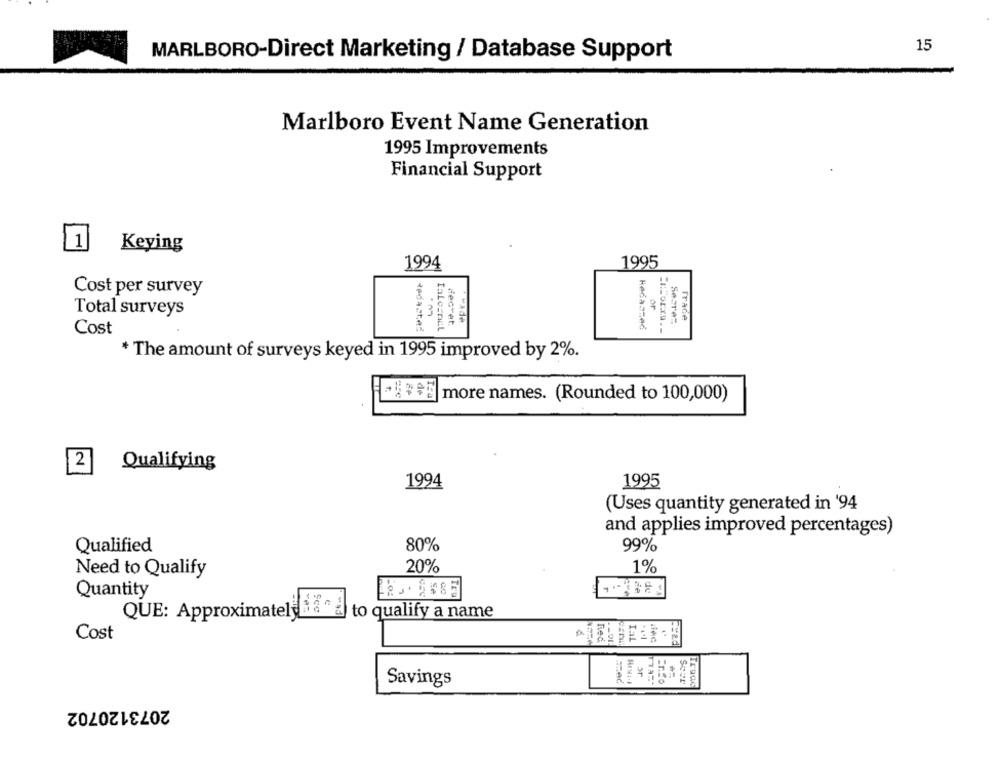
15
MARLBORO-Direct Marketing / Database Support
Marlboro Event Name Generation
1995 Improvements
Financial Support
1 Keying
1994
1995
Cost per survey
or
Total surveys
Secret
Trade
decret.
Cost
Redacted
* The amount of surveys keyed in 1995 improved by 2%.
Be more names. (Rounded to 100,000)
Qualifying
2
1994
1995
(Uses quantity generated in '94
and applies improved percentages)
Qualified
80%
99%
20%
1%
Need to Qualify
Quantity
2. 1685
QUE: Approximately
to qualify a name
Cost
Red
IAL
pad
Rex :- 4
Savings
Trage
2073120702